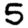
Digit: 5